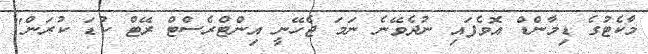
މާކެޓުގެ ޑިމާންޑް އޮވެފައި ނުދެވޭނެ ނަމަ ޖެހޭނީ އިންޓްރެސްޓް ރޭޓް ކުޑަ ކުރަން"